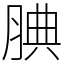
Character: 腆